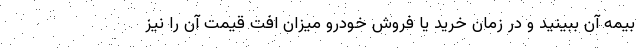
بیمه آن ببینید و در زمان خرید یا فروش خودرو میزان افت قیمت آن را نیز